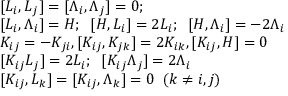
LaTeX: \begin{array} { l } { { { } [ L _ { i } , L _ { j } ] = [ \Lambda _ { i } , \Lambda _ { j } ] = 0 ; \; \; } } \\ { { [ L _ { i } , \Lambda _ { i } ] = H ; \; \; [ H , L _ { i } ] = 2 L _ { i } ; \; \; [ H , \Lambda _ { i } ] = - 2 \Lambda _ { i } } } \\ { { { } K _ { i j } = - K _ { j i } , [ K _ { i j } , K _ { j k } ] = 2 K _ { i k } , [ K _ { i j } , H ] = 0 } } \\ { { { } [ K _ { i j } L _ { j } ] = 2 L _ { i } ; \; \; [ K _ { i j } \Lambda _ { j } ] = 2 \Lambda _ { i } } } \\ { { { } [ K _ { i j } , L _ { k } ] = [ K _ { i j } , \Lambda _ { k } ] = 0 \; \; ( k \neq i , j ) } } \end{array}